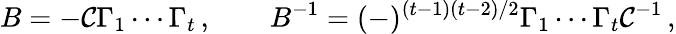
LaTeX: B=-{\cal C}\Gamma_{1}\cdots\Gamma_{t}\, ,\qquad B^{-1}=(-)^{(t-1)(t-2)/2}\Gamma_{1}\cdots\Gamma_{t}{\cal C}^{-1}\, ,